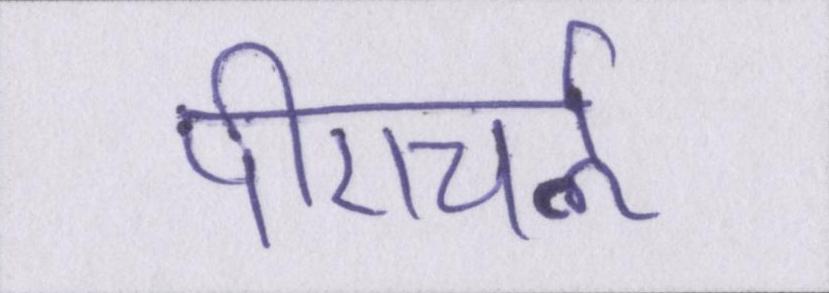
पीएचर्ऌ